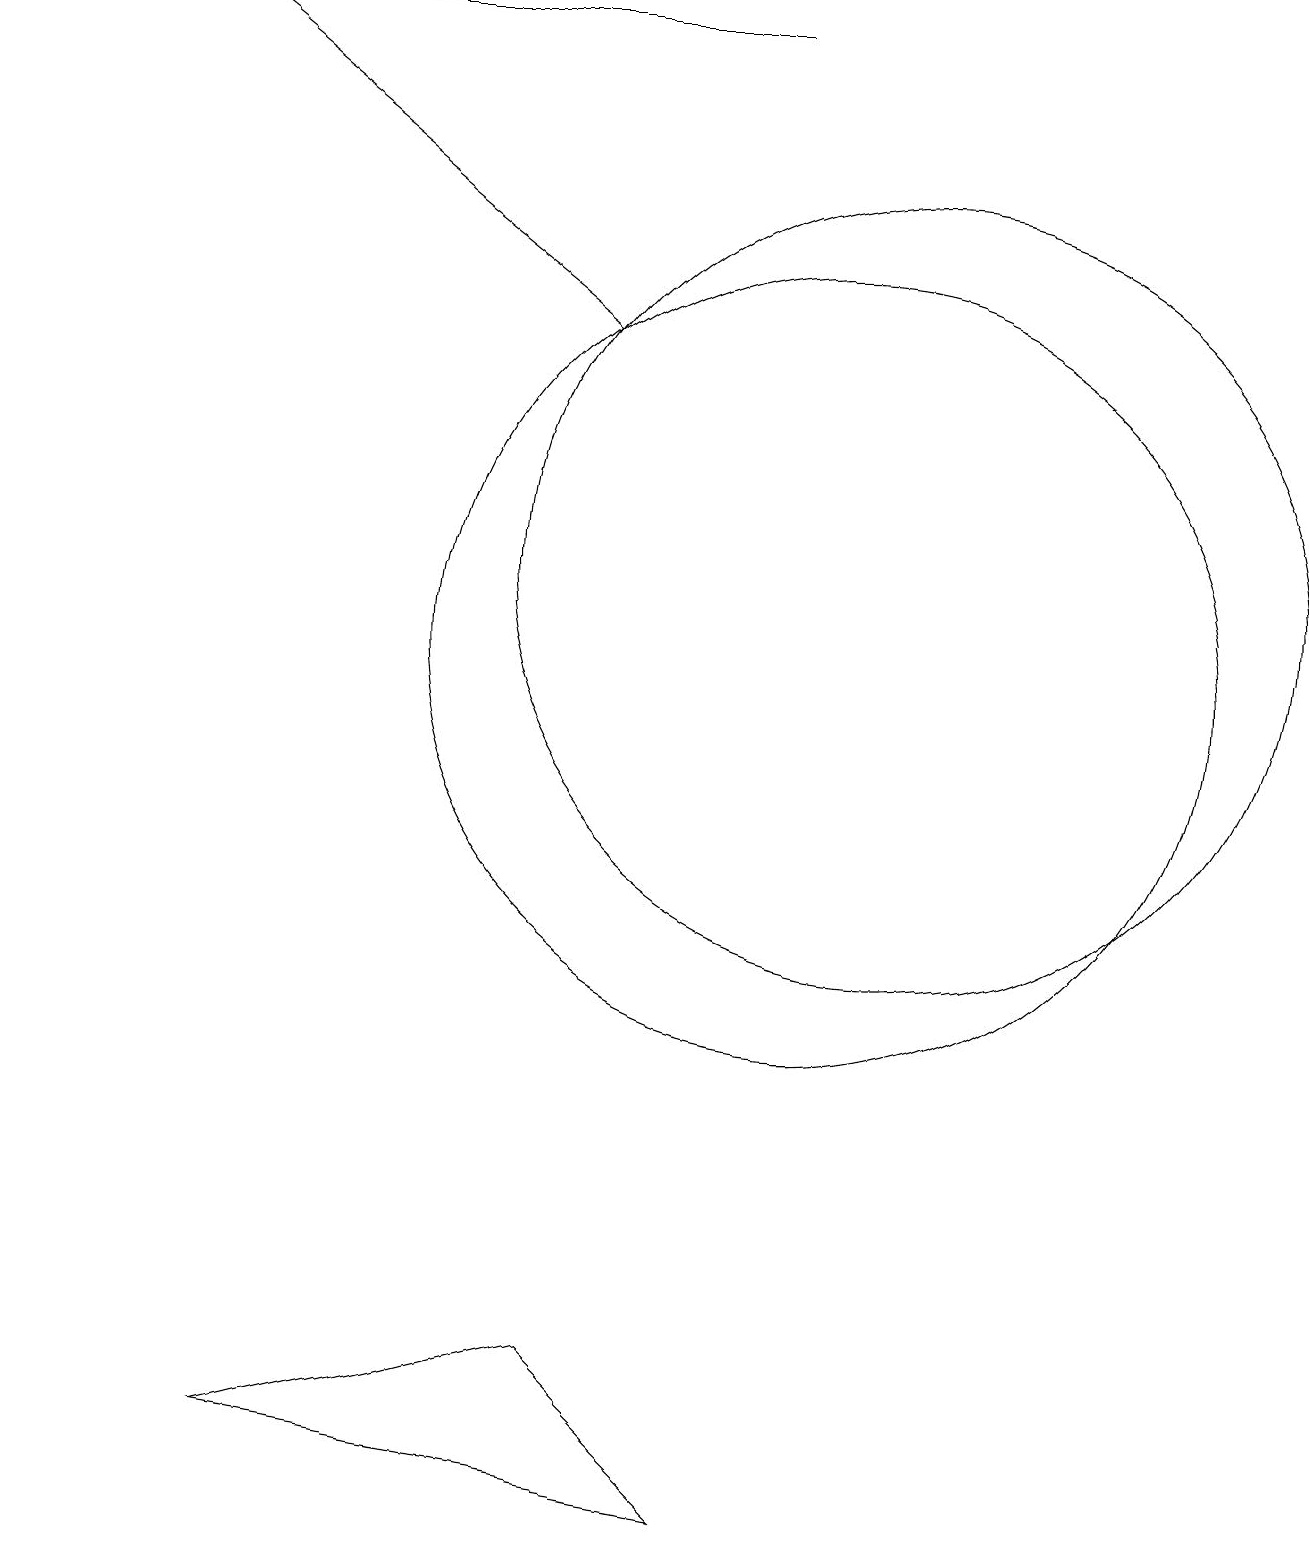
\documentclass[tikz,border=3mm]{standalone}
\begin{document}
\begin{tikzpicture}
\draw (10,11) circle (5);
\draw[->] (7,15) -- (2,19);
\draw (11,12) circle (5);
\draw (7,2) -- (9,0) -- (3,1) -- cycle;
\draw[->] (9,19) -- (0,19);
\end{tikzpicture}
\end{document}